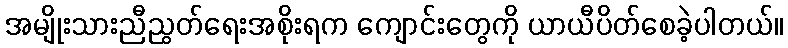
အမျိုးသားညီညွတ်ရေးအစိုးရက ကျောင်းတွေကို ယာယီပိတ်စေခဲ့ပါတယ်။